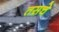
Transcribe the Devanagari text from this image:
तसचे